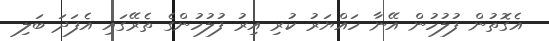
އެގޮތުން ފުލުހުން އޭނާ ހައްޔަރު ކުރި އިރު ފުލުހުންގެ ތެރޭގައި އެފަދަ ބަލި